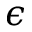
\epsilon